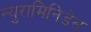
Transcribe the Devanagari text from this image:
न्युरामिनिडेस